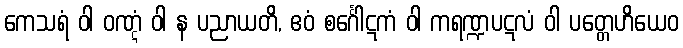
ကေသရံ ဝါ ဝဏ္ဋံ ဝါ န ပညာယတိ, ဧဝံ စင်္ဂေါဋကံ ဝါ ကရဏ္ဍပဋလံ ဝါ ပတ္တေဟိယေဝ